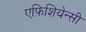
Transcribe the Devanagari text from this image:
एफ़िशियेन्सी